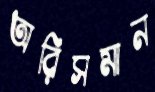
অরিসমান